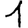
Digit: 1